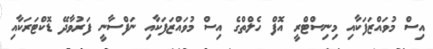
އިސް މުވައްޒަފަކާއި މިނިސްޓްރީ އޮފް ހެލްތްގެ އިސް މުވައްޒަފަކާއި ނަފްސާނީ ފަރުވާދޭ ޑޮކްޓަރަކާއި